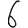
Digit: 6